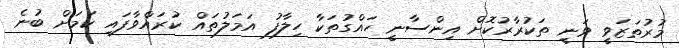
މުރުތަޒަވީ ވަނީ ތަކުރާރުކޮށް އިންސާނީ ހައްގުތަކާ ހިލާފު އަމަލުތައް ކުރައްވާފައި ކަމަށް ބުނެ